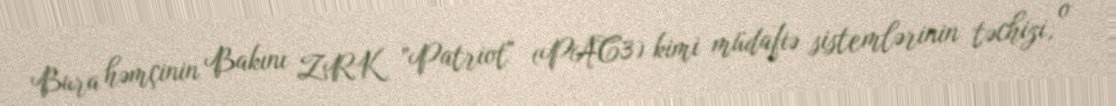
Bura həmçinin Bakını ZRK ”Patriot" (PAC3) kimi müdafiə sistemlərinin təchizi, o